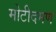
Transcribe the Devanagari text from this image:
मोटीदमण